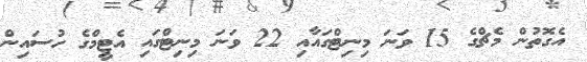
އެގޮތުން މެޗްގެ 15 ވަނަ މިނިޓްގައާއި 22 ވަނަ މިނިޓްގައި އެޓީމްގެ ހުސައިން